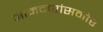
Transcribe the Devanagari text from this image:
आमदारांसमोर